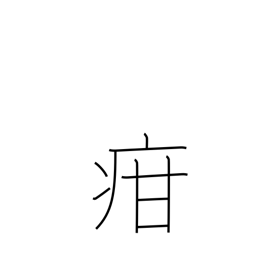
Meaning: children's diseases